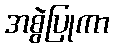
အစွဲပြုကာ